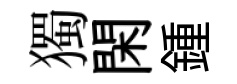
獨閑鍾